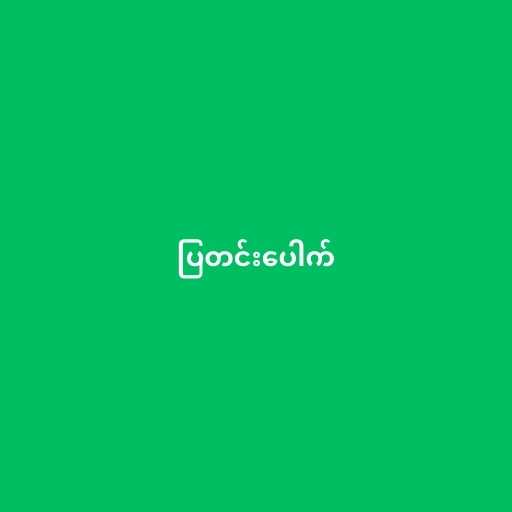
ပြတင်းပေါက်